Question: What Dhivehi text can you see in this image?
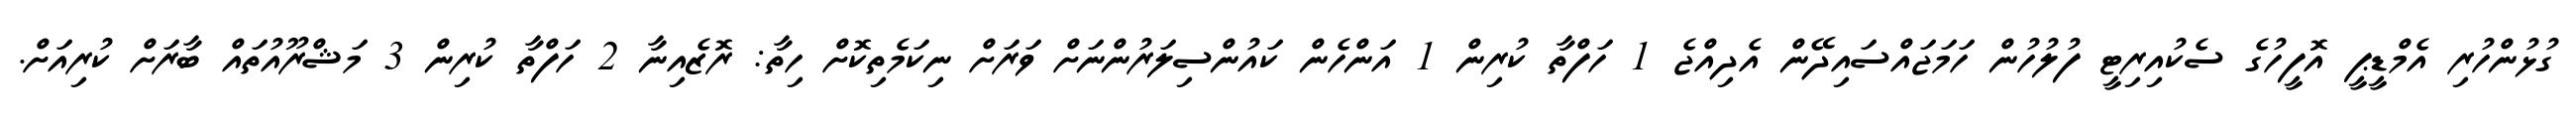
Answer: ގުޅުންހުރި އެމްޑީޕީ އޮފީހުގެ ސެކުއިރިޓީ ފުލުހުން ހަމަޖައްސައިދޭން އެދިއްޖެ 1 ހަފްތާ ކުރިން 1 އަންހެން ކައުންސިލަރުންނަށް ވަރަށް ނިކަމެތިކޮށް ހިތާ: ރޮޒެއިނާ 2 ހަފްތާ ކުރިން 3 މަޝްރޫއުތައް ބާރަށް ކުރިއަށް.